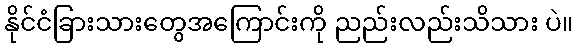
နိုင်ငံခြားသားတွေအကြောင်းကို ညည်းလည်းသိသား ပဲ။